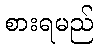
စားရမည်